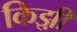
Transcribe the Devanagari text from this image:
किझ़ी